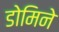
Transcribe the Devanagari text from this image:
डोमिने